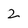
Character: 2